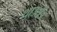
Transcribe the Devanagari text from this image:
थाउसेंड